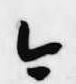
今